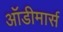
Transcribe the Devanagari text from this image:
ऑडीमार्स